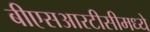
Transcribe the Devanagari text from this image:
बीएसआरटीसीमध्ये